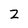
Character: 2